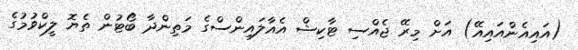
(އައިއެންއައިއޭ) އަށް މިރޭ ޖެއްސި ޓާކިޝް އެއާލައިންސްގެ މަތިންދާ ބޯޓުން ތެޔޮ ލީކްވުމުގެ